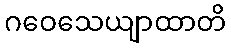
ဂဝေသေယျာထာတိ